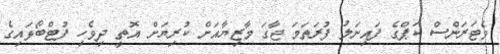
ވެޓަރަންސް ކަޕްގެ ފައިނަލު ފުރަތަމަ ޖާގަ މާޒިޔާއަށް ކުރިޔަށް އޮތީ ދިވެހި ފުޓްބޯޅައިގެ